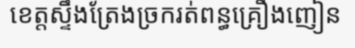
ខេត្តស្ទឹងត្រែងច្រករត់ពន្ធគ្រឿងញៀន